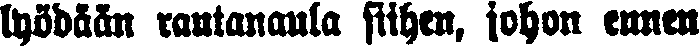
lyödään rautanaula siihen, johon ennen